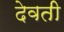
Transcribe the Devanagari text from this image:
देवती